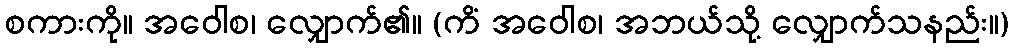
စကားကို။ အဝေါစ၊ လျှောက်၏။ (ကိံ အဝေါစ၊ အဘယ်သို့ လျှောက်သနည်း။)